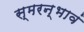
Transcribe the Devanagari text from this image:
स्मरन्भावं